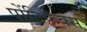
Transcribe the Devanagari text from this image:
पोंटिफेक्स